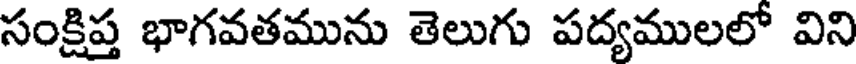
సంక్షిప్త భాగవతమును తెలుగు పద్యములలో విని